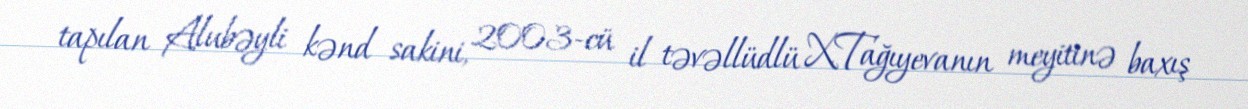
tapılan Alubəyli kənd sakini, 2003-cü il təvəllüdlü X.Tağıyevanın meyitinə baxış